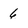
Character: 6